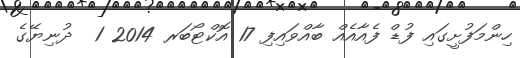
ހިންމަފުށީގައި ފުޑް ފެއާއެއް ބާއްވައިފި 17 އޮކްޓޯބަރ 2014 1  ދުނިޔޭގެ